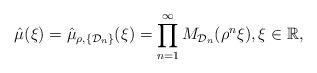
LaTeX: \begin{align*}\hat{\mu}(\xi)=\hat{\mu}_{\rho, \{\mathcal{D}_{n}\}}(\xi)=\prod_{n=1}^{\infty}M_{\mathcal{D}_{n}}(\rho^{n}\xi), \xi\in\mathbb{R},\end{align*}